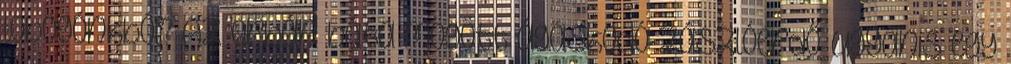
lobogónkból? Az Orbán háta mögött ágaskodó zászlóerdő ugyanis egy